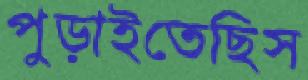
পুড়াইতেছিস